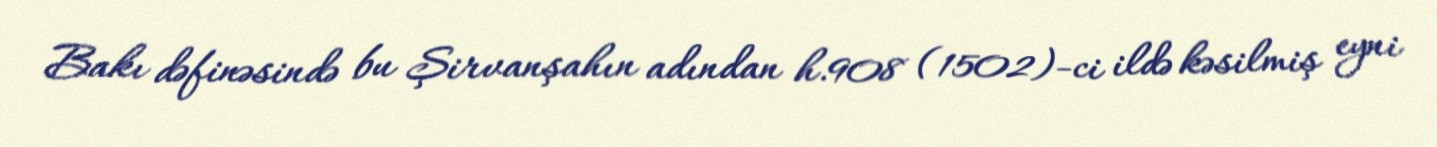
Bakı dəfinəsində bu Şirvanşahın adından h.908 (1502)-ci ildə kəsilmiş eyni